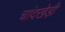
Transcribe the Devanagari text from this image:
चांदखेड़ी